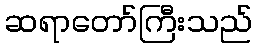
ဆရာတော်ကြီးသည်